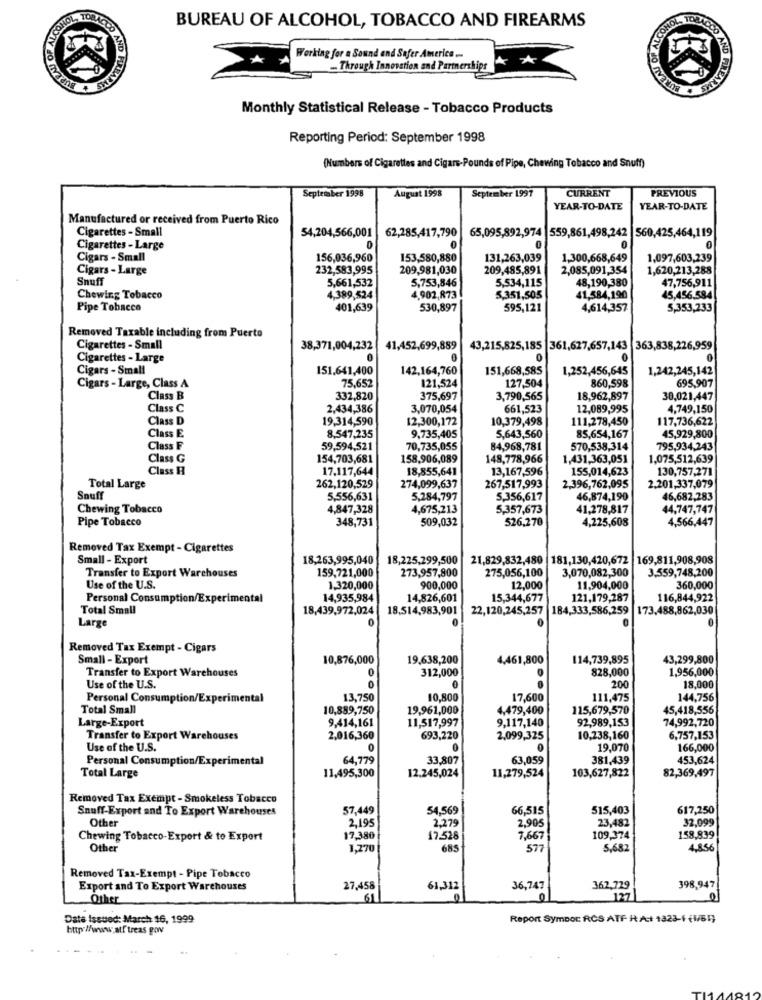
BUREAU OF ALCOHOL, TOBACCO AND FIREARMS
ONOL, TOBACCO
NOOO AND
Working for a Sound and Safer America ..
- Through Innovation and Partnerships
AREARTE
Monthly Statistical Release - Tobacco Products
Reporting Period: September 1998
(Numbers of Cigarettes and Cigars-Pounds of Pipe, Chewing Tobacco and Snuff)
September 1998
August 1998
CURRENT
PREVIOUS
September 1997
YEAR-TO-DATE
YEAR-TO-DATE
Manufactured or received from Puerto Rico
Cigarettes - Small
65,095,892,974 |559,861,498,242 |560,425,464,119
54,204,566,001
62,285,417,790
Cigarettes - Large
0
0
0
Cigars - Small
156,036,960
153,580,880
131,263,039
1,300,668,649
1,097,603,239
Cigars - Large
232,583,995
209,981,030
209,485,891
2,085,091,354
1,620,213,288
Snuff
5,661,532
5,753,846
5,534,115
48,190,380
47,756,911
Chewing Tobacco
4,389,524
4,902,873
5.351,505
41,584,190
45,456.584
Pipe Tobacco
401,639
530,897
595,121
4,614,357
5,353,233
Removed Taxable including from Puerto
Cigarettes - Small
38,371,004,232
41,452,699,889
43,215,825,185 361,627,657,143 363,838,226,959
Cigarettes - Large
0
0
Cigars - Small
151.641,400
142,164,760
151,668,585
1,252,456,645
1,242,245,142
75,652
121,524
695,907
Cigars - Large, Class A
127,504
860,598
Class B
332,820
375,697
3,790,565
18,962,897
30,021,447
Class C
2,434,386
3,070,054
661,523
12,089,995
4,749,150
Class D
19,314,590
12,300,172
10,379,498
111,278,450
117,736,622
45,929,800
Class E
8,547,235
9,735,405
5,643,560
85,654,167
Class F
59.594,521
70,735,055
84,968,781
570,538,314
795,934,243
Class G
154,703,681
158,906,089
148,778,966
1,431,363,051
1,075,512,639
Class H
17.117,644
18,855,641
13,167,596
155,014,623
130,757,271
Total Large
262,120,529
274,099,637
267,517,993
2,396,762,095
2,201,337,079
Snuff
5,556,631
5,284,797
5,356,617
46,874,190
46,682,283
Chewing Tobacco
4,847,328
4,675,213
5,357,673
41,278,817
44,747,747
Pipe Tobacco
348,731
509,032
526,270
4,225,608
4,566,447
Removed Tax Exempt - Cigarettes
Small - Export
18,263,995,040
18,225,299,500
21,829,832,480
181,130,420,672
169,811,908,908
Transfer to Export Warehouses
273,957,900
275,056,100
3,070,082,300
3,559,748,200
159,721,000
Use of the U.S.
1,320,000
900,000
12,000
11,904,000
360,000
Personal Consumption/Experimental
14,935,984
14,826,601
15,344,677
121,179,287
116,844,922
Total Small
18,439,972,024
18.514,983,901
22,120,245,257
184,333,586,259 |173,488,862,030
Large
0
Removed Tax Exempt - Cigars
Small - Export
10,876,000
19,638,200
4,461,800
114,739,895
43,299,800
Transfer to Export Warehouses
0
312,000
828,000
1,956,000
Use of the U.S.
0
200
18,000
Personal Consumption/Experimental
13,750
10,800
17,600
111,475
144,756
Total Small
10,889,750
19,961,000
4,479,400
115,679,570
45,418,556
Large-Export
9,414,161
92,989,153
74,992,720
11,517,997
9,117,140
Transfer to Export Warehouses
2,016,360
693,220
2,099,325
10,238,160
6,757,153
Use of the U.S.
0
0
0
19,070
166,000
Personal Consumption/Experimental
64,779
33,807
63,059
381,439
453,624
Total Large
11,279,524
103,627,822
82,369,497
11,495,300
12.245,024
Removed Tax Exempt -Smokeless Tobacco
Snuff-Export and To Export Warehouses
57,449
54,569
66,515
515,403
617,250
Other
32,099
2,195
2,279
2,905
23,482
Chewing Tobacco-Export & to Export
17,380
17.528
7,667
109,374
158,839
Other
1,270
685
577
5,682
4,85
Removed Tax-Exempt - Pipe Tobacco
Export and To Export Warehouses
27,458
61,312
36,747
362,779
398,947
Other
61
127
Date Issued: March 16, 1999
Report Symbor RCS ATF R A+ 1323-1 (1/61)
http://www.atf treas gov